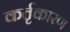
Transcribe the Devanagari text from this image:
कर्तृकारण